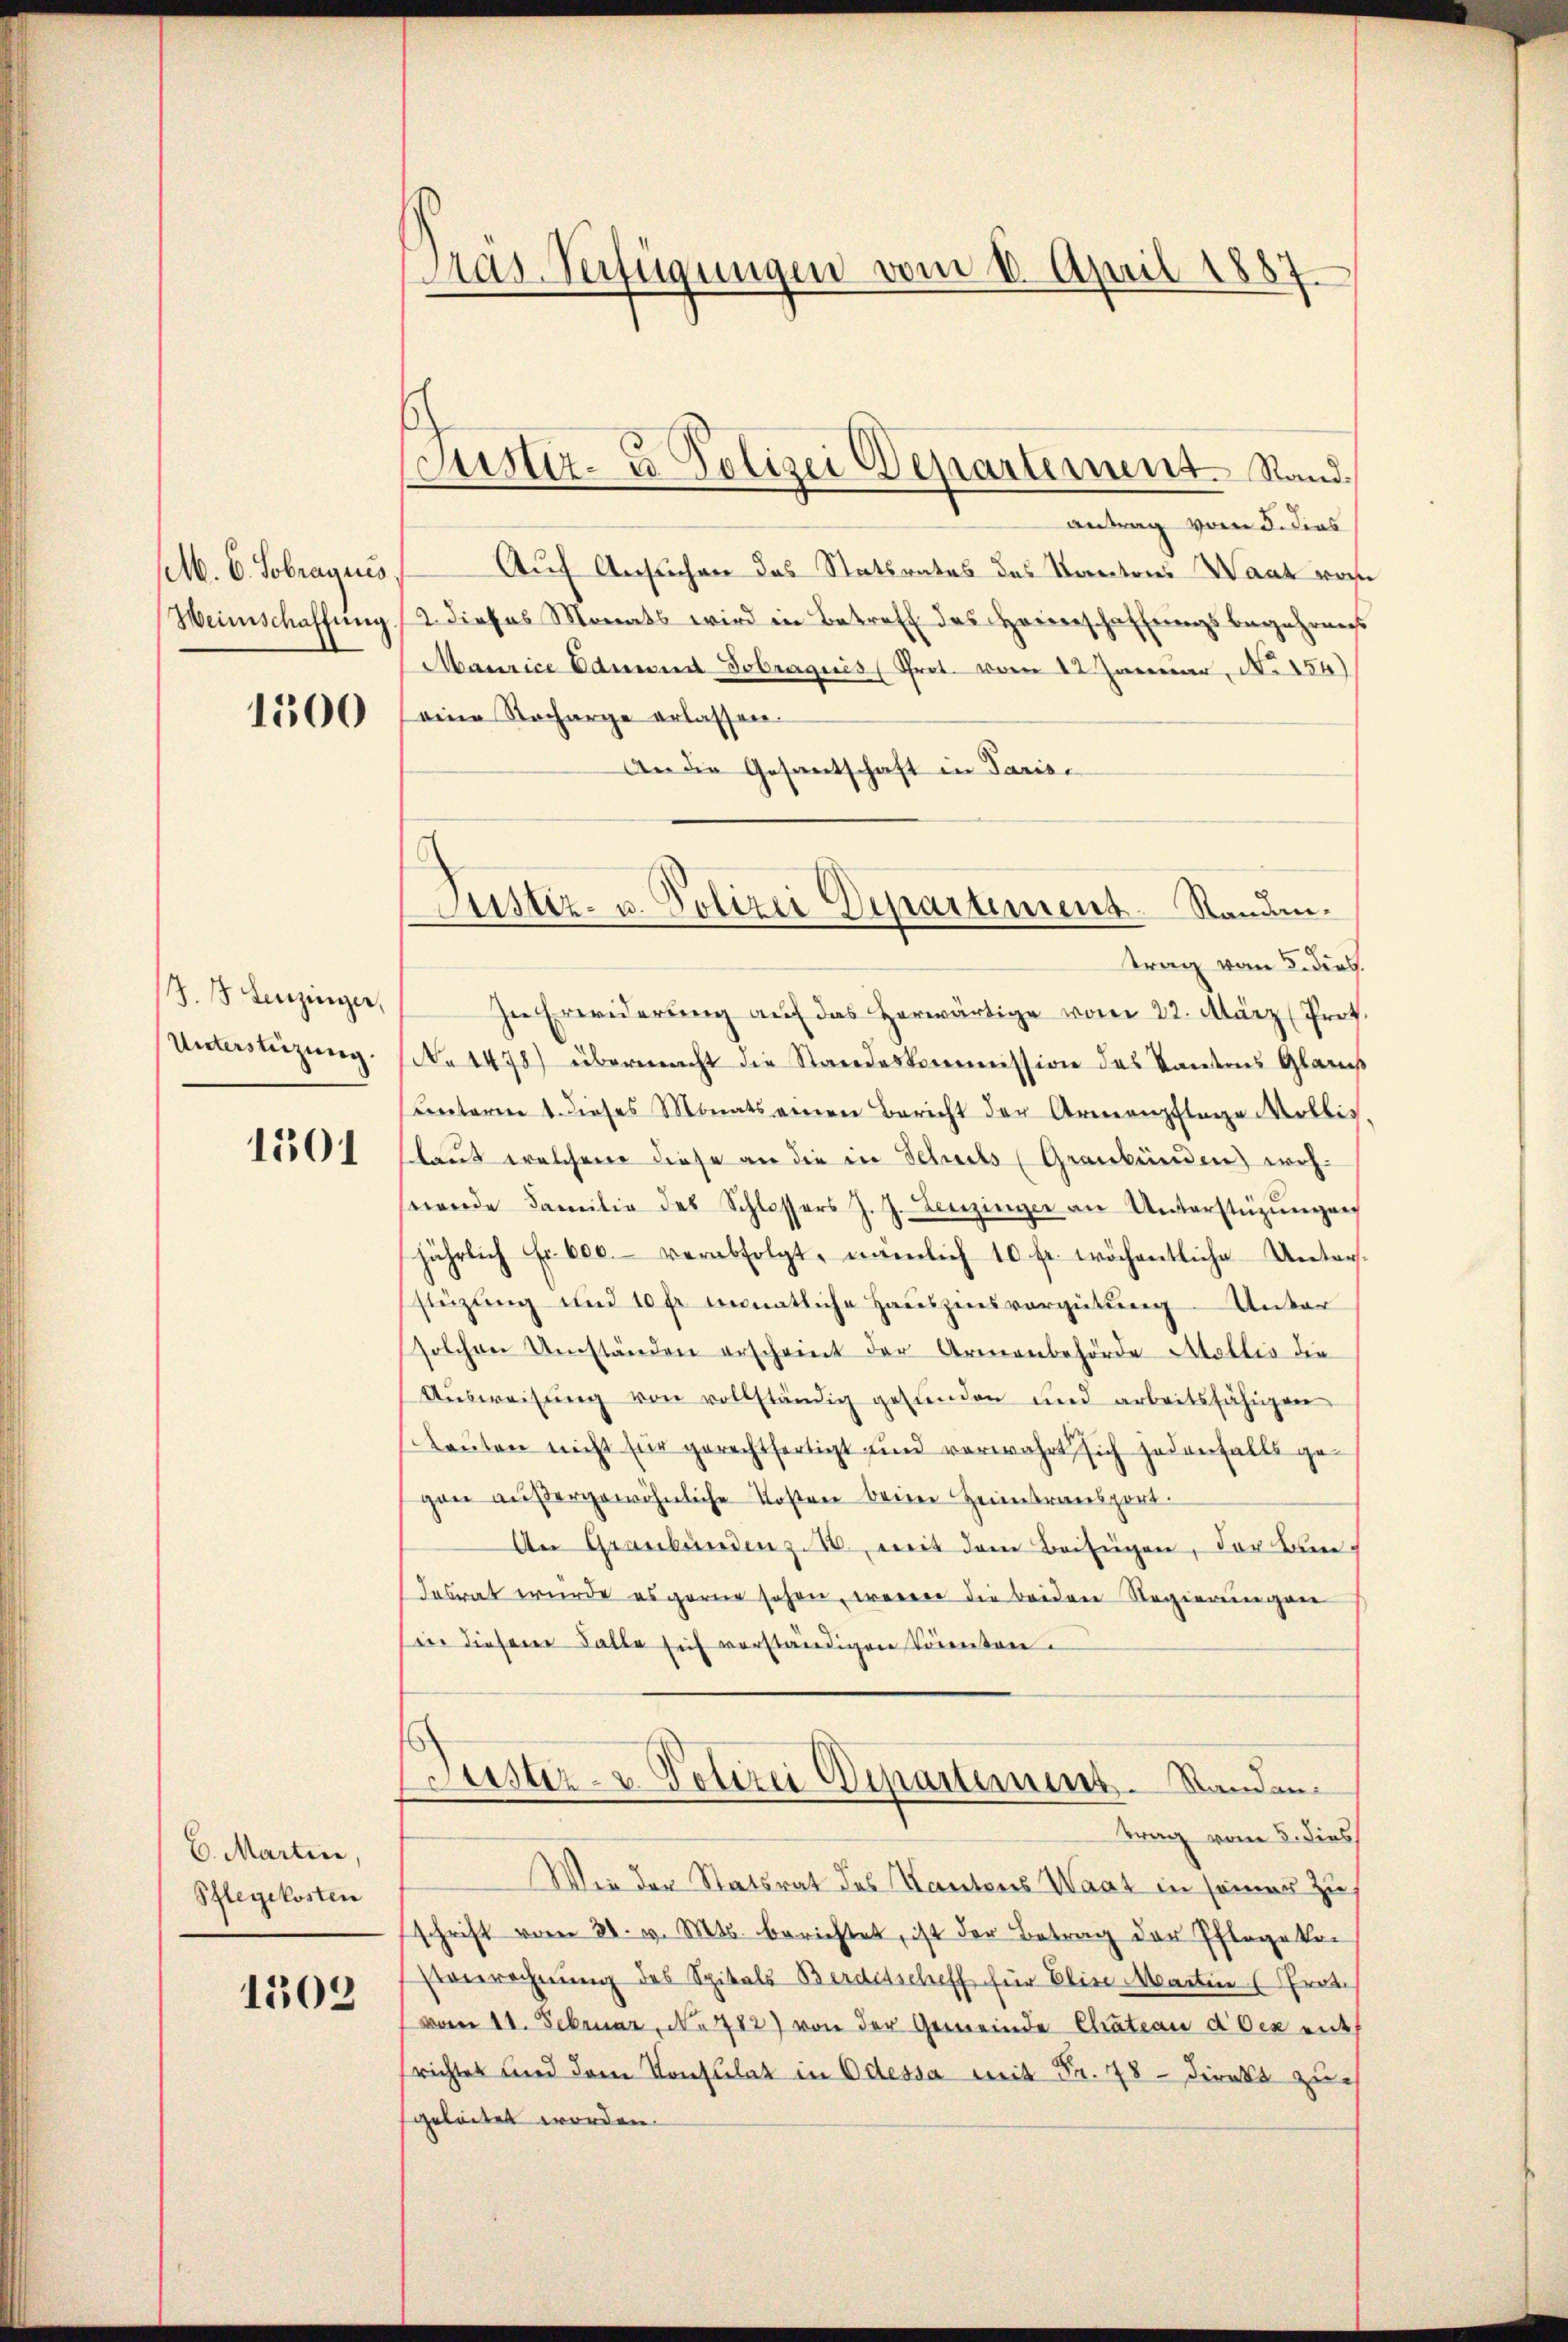
M. C. Sobraquis
Weinschaffung

1500

J. Lenzinger,
Unterstüzung.

1501

6. Martin,
Pflegekosten
1303

Pras Verfügungen vom 1. April 1887

Justiz- u Polizei Departement. Stand.

antrag vom 5. dies
Auf Ansuchen das Statsrates des Kantons Waaz vor
2 dieses Monats wird in Betreff des Heiderschaffungsbegehrens
Maurice Edmund Tobraquis (Prot. vom 12. Januar, No 154)
eine Recharge erlassen.
An die Gesantschaft in Parisc
In Erwiderŭng auf das herwärtige vom 22. März (Prot.
No 1478) übermacht die Standeskommission des Kantons Glarus
ŭnterm 1. dieses Monatseinen Bericht der Armenpflage Mollis
laus welchem diese an die in Schuls (Graubünden) wohseende Familie des Schlossers J. J. Lenzinger an Unterstüzŭngen
jährlich Fr. 600. verabfolgt, nämlich 10 fr. wöchentliche Unters-
stüzung und 10 fr monatliche Hauszinsvergütung. Unter
solchen Umständen erscheint der Armenbehörde Mellis die
Aŭsweisŭng von vollständig gefunden und arbeitsfähigen
Kanton nicht für gerechtfertigt sind verwahrt sich jedenfalls gegan außergewöhnliche Kosten beim Heimtransport
An Graubündenz. 10. mit dem Beifügen, der Bundesrat wurde es gerne sehen, wenn die beiden Regierungen
sin diesem Falle sich vorständigen Torenten
Justiz- & Polizei Departement. Standen.
trag vom 5. dies
Wie der Statsrat des Kantons Waat in seiner Zus
schrift vom 21. v. Mts. berichtet, ist der Betrag der Pflegeko
Etenrechnung des Spitals-Berditscheff für Elise Martier (Prot.
vom 11. Februar, No 782) von der Gemeinde Chateau d. den entrichtes und dem Konsulat in Odessa mit Fr. 78 - Direkt zu
geleitet worden.

Justiz- u. Polizei Departement. Standen.
trag vom 5. dies.